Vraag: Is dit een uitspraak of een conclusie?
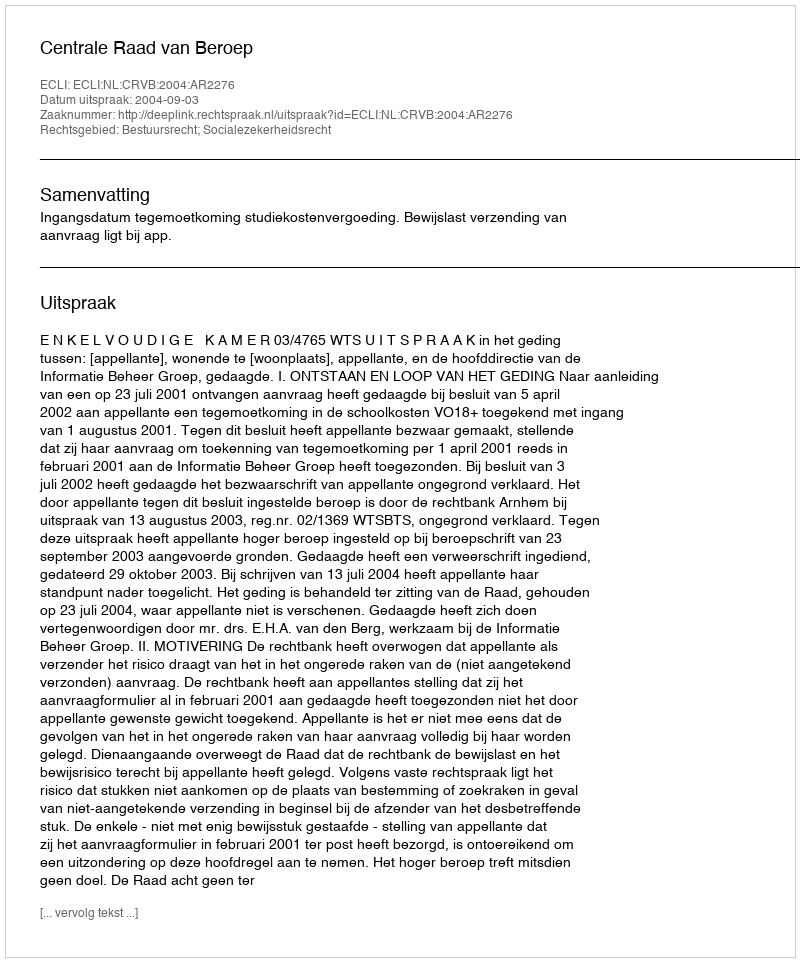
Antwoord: Uitspraak